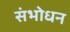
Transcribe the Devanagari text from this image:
संभोधन